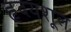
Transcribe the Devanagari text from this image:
हृदयशूल